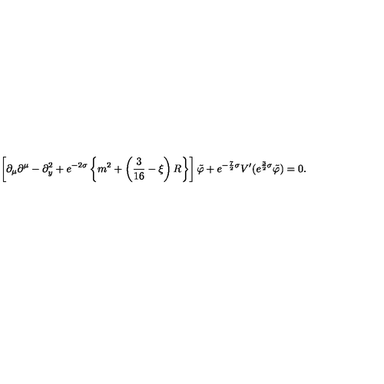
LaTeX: \left[ \partial _ { \mu } \partial ^ { \mu } - \partial _ { y } ^ { 2 } + e ^ { - 2 \sigma } \left\{ m ^ { 2 } + \left( \frac { 3 } { 1 6 } - \xi \right) R \right\} \right] \tilde { \varphi } + e ^ { - \frac { 7 } { 2 } \sigma } V ^ { \prime } ( e ^ { \frac { 3 } { 2 } \sigma } \tilde { \varphi } ) = 0 .